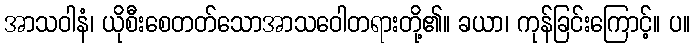
အာသဝါနံ၊ ယိုစီးစေတတ်သောအာသဝေါတရားတို့၏။ ခယာ၊ ကုန်ခြင်းကြောင့်။ ပ။